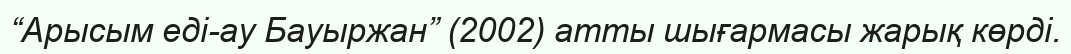
“Арысым еді-ау Бауыржан” (2002) атты шығармасы жарық көрді.